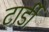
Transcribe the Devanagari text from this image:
टार्डी